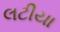
લટીયા